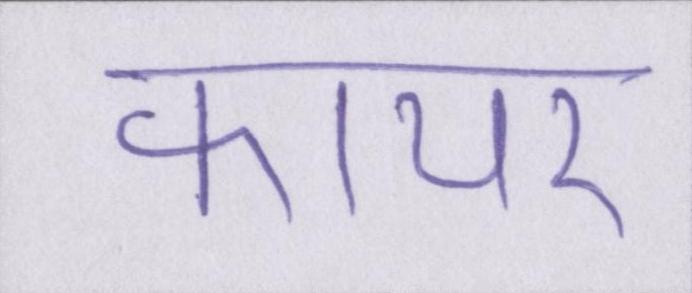
फायर